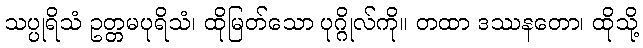
သပ္ပုရိသံ ဥတ္တမပုရိသံ၊ ထိုမြတ်သော ပုဂ္ဂိုလ်ကို။ တထာ ဒဿနတော၊ ထိုသို့